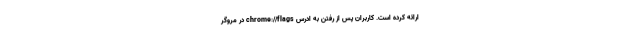
ارائه کرده است. کاربران پس از رفتن به ادرس chrome://flags در مروگر